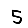
Digit: 5